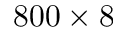
8 0 0 \times 8